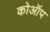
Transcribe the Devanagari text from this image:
कोऑप